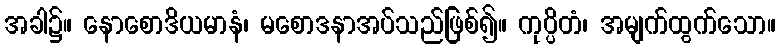
အခါ၌။ နောစောဒိယမာနံ၊ မစောဒနာအပ်သည်ဖြစ်၍။ ကုပ္ပိတံ၊ အမျက်ထွက်သော။